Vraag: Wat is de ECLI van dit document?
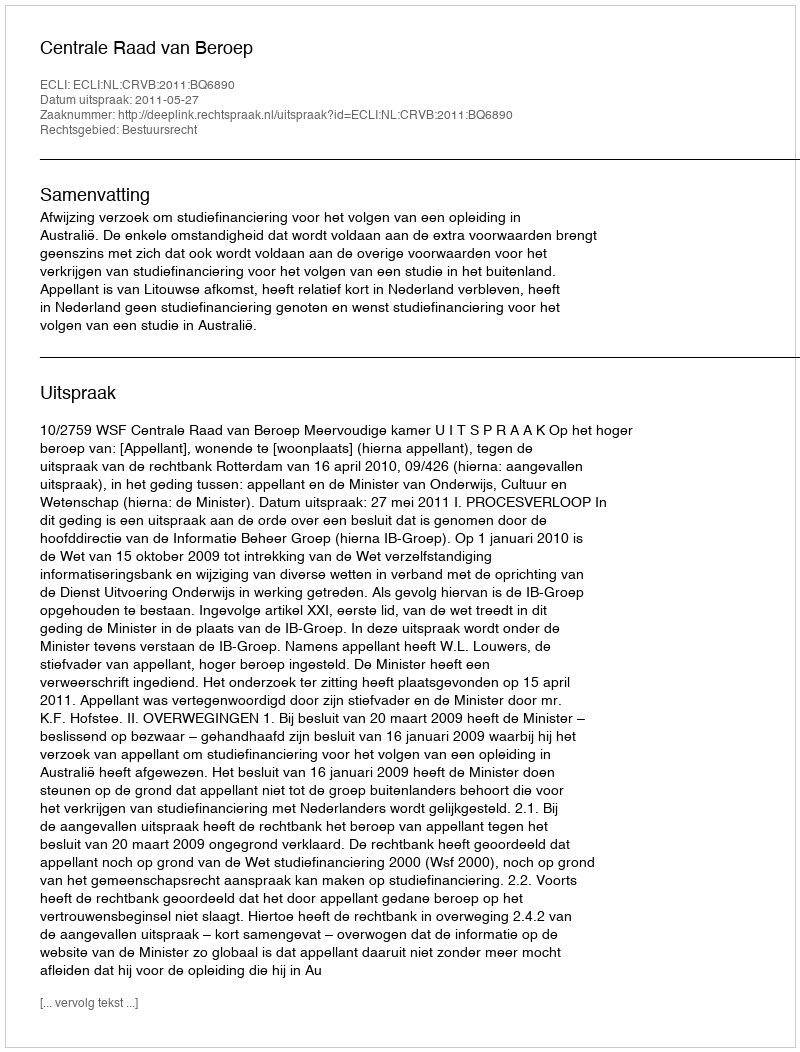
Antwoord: ECLI:NL:CRVB:2011:BQ6890